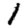
Digit: 1